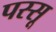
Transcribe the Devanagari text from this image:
पस्सू